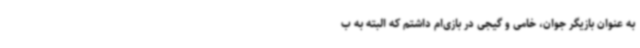
به عنوان بازیگر جوان، خامی‌ و گیجی در بازی‌ام داشتم که البته به ب